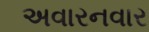
અવારનવાર